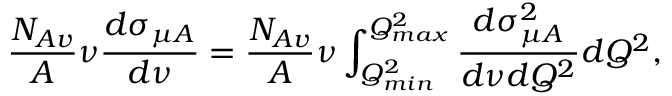
\frac { N _ { A v } } { A } \nu \frac { d \sigma _ { \mu A } } { d \nu } = \frac { N _ { A v } } { A } \nu \int _ { Q _ { m i n } ^ { 2 } } ^ { Q _ { m a x } ^ { 2 } } \frac { d \sigma _ { \mu A } ^ { 2 } } { d \nu d Q ^ { 2 } } d Q ^ { 2 } ,